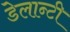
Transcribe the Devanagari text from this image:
डेलान्टी